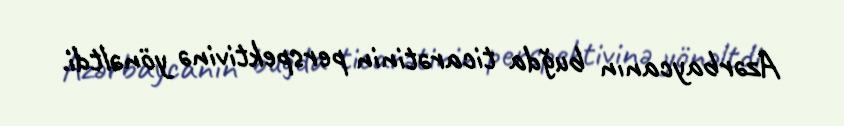
Azərbaycanın buğda ticarətinin perspektivinə yönəltdi.